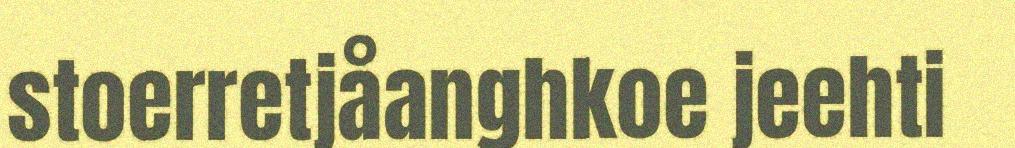
stoerretjåanghkoe jeehti